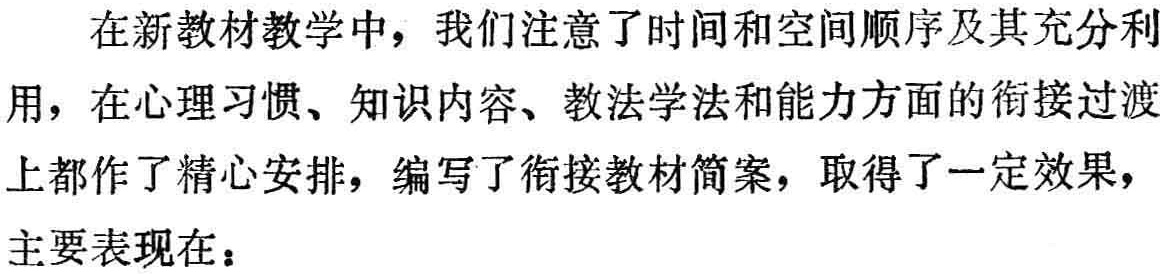
在新教材教学中，我们注意了时间和空间顺序及其充分利

用，在心理习惯、知识内容、教法学法和能力方面的衔接过渡

上都作了精心安排，编写了衔接教材简案，取得了一定效果，

主要表现在：